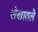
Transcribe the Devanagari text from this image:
लेखातले